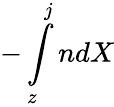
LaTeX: -\int\limits_{z}^{j}ndX